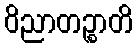
ဝိညာတဉ္စာတိ